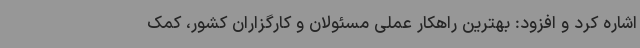
اشاره کرد و افزود: بهترین راهکار عملی مسئولان و کارگزاران کشور، کمک